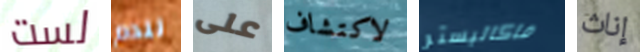
لست للدم على لاكتشاف ماكاليستر إناث